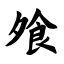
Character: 飧